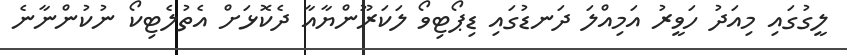
ލީގުގައި މިއަދު ހަވީރު އަމިއްލަ ދަނޑުގައި ޑިޕޯޓިވޯ ލަކަރޫންޔާއާ ދެކޮޅަށް އެތުލެޓިކޯ ނުކުންނާނެ